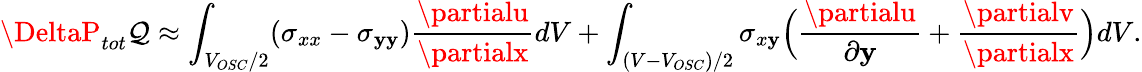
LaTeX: \DeltaP_{tot}\mathcal{Q}\approx\int_{V_{OSC}/2}(\sigma_{xx}-\sigma_{\mathbf{y}\mathbf{y}})\frac{{\partialu}}{{\partialx}}dV+\int_{(V-V_{OSC})/2}\sigma_{x\mathbf{y}}\Bigl(\frac{{\partialu}}{{\partial\mathbf{y}}}+\frac{{\partialv}}{{\partialx}}\Bigr)dV.